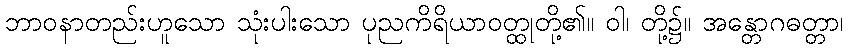
ဘာဝနာတည်းဟူသော သုံးပါးသော ပုညကိရိယာဝတ္ထုတို့၏။ ဝါ၊ တို့၌။ အန္တောဂဓတ္တာ၊